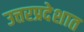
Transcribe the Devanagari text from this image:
उत्तरप्रदेशात